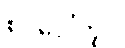
စင်ပေါ်တွင်